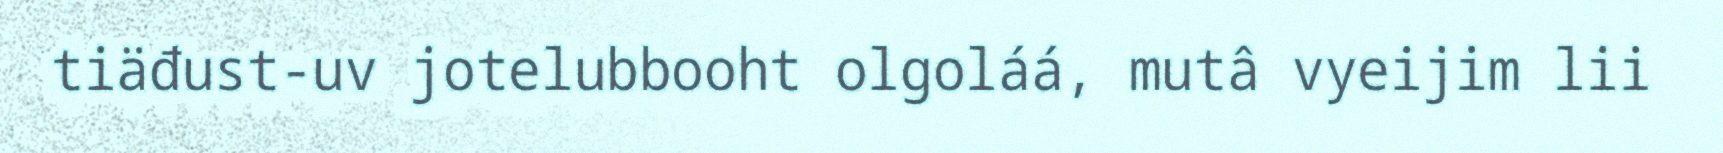
tiäđust-uv jotelubbooht olgoláá, mutâ vyeijim lii